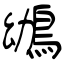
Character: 鴢